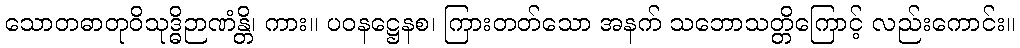
သောတဓာတုဝိသုဒ္ဓိဉာဏံန္တိ၊ ကား။ ပဝနဋ္ဌေနစ၊ ကြားတတ်သော အနက် သဘောသတ္တိကြောင့် လည်းကောင်း။